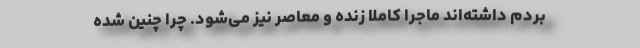
بردم داشته‌اند ماجرا کاملاً زنده و معاصر نیز می‌شود. چرا چنین شده